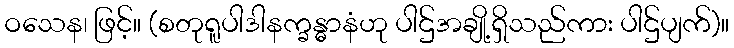
ဝသေန၊ ဖြင့်။ (စတုရူပါဒါနက္ခန္ဓာနံဟု ပါဌ်အချို့ရှိသည်ကား ပါဌ်ပျက်)။